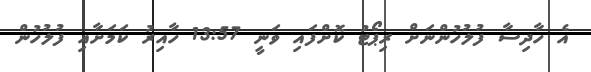
އެ ހާދިސާ ފުލުހުންނަށް ރިޕޯޓު ކޮށްފައި ވަނީ 13:57 ހާއިރު ކަމަށާއި ފުލުހުން